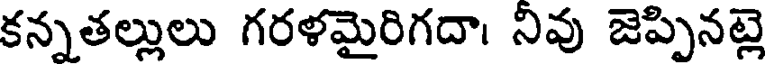
కన్నతల్లులు గరళమైరిగదా। నివు జెప్పినట్లె